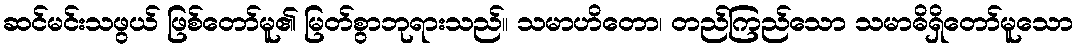
ဆင်မင်းသဖွယ် ဖြစ်တော်မူ၏ မြတ်စွာဘုရားသည်။ သမာဟိတော၊ တည်ကြည်သော သမာဓိရှိတော်မူသော